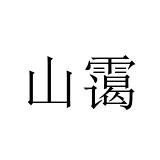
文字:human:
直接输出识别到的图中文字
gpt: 山霭